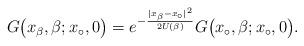
LaTeX: \begin{align*} G\bigl(x_\beta,\beta;x_\circ,0\bigr) = e^{-\frac{|x_\beta-x_\circ|^2}{2U(\beta)}} G\bigl(x_\circ,\beta;x_\circ,0\bigr) .\end{align*}